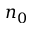
n _ { 0 }